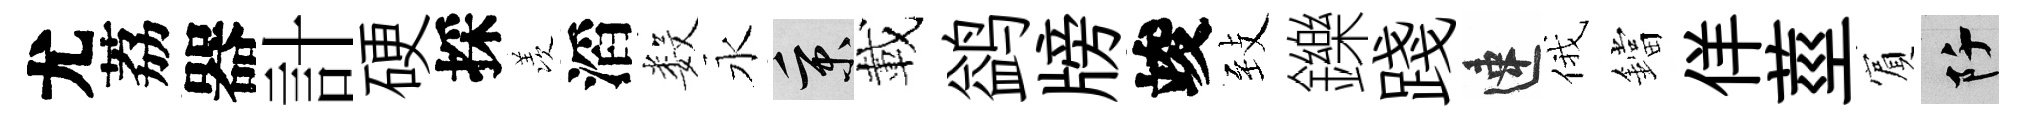
尤荔器計硬採羡滔数永秉載鹢牓竣𦤺鑠踐速俄鐺佯莖賔阡